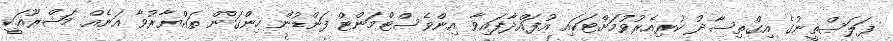
ފަލަސްތީނުގެ އިގްތިސާދު ކުރިއެރުވުމަށްޓަކައި އުފައްދާފައިވާ އިންވެސްޓްމަންޓް ފަންޑުން ހިންގަން ތައްޔާރުވާ އަނެއް މަޝްރޫއަކީ